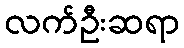
လက်ဦးဆရာ